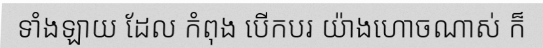
ទាំងឡាយ ដែល កំពុង បើកបរ យ៉ាងហោចណាស់ ក៏